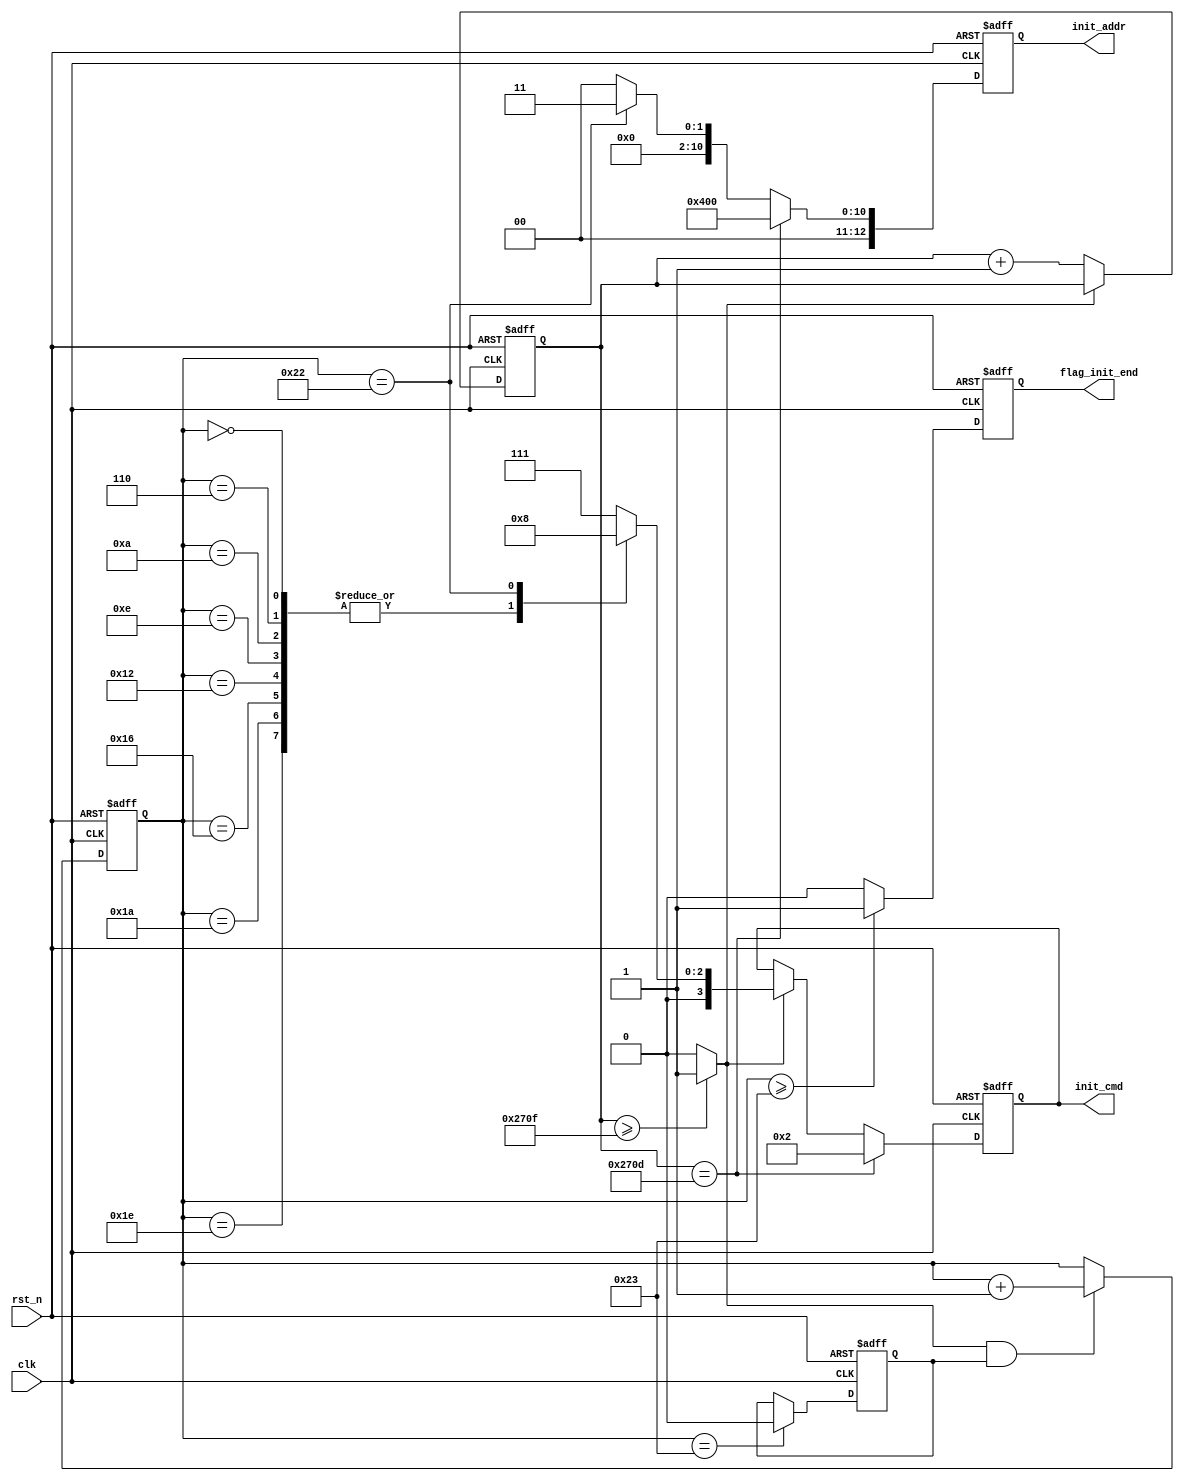
/*-----------------------------------------------------------------------

Date				:		2017-08-29
Description			:		Design for sdram_init .

-----------------------------------------------------------------------*/

module sdram_init
(
	//global clock
	input					clk					,			//system clock
	input					rst_n				,     		//sync reset
	
	//sdram_init interface
	output	reg		[3:0]	init_cmd			,		//sdram 
	output	reg		[12:0]	init_addr			,		//

	//user interface
	output	reg				flag_init_end	//sdram
	
); 

//--------------------------------
//Funtion :   
parameter	NOP			=	4'b0111					,
			PRECGE		=	4'b0010					,
			AUTO_REF	=	4'b0001					,
			MODE_SET	=	4'b0000					,
			CMD_END		=	6'd35					,
			DELAY_200US	=	10000					;
//200us delay
reg				[13:0]		cnt_200us				;
wire						flag_200us				;

//
reg							flag_init				;	

//cmd
reg				[5:0]		cnt_cmd					;



//--------------------------------
//Funtion :    200us           			


always @(posedge clk or negedge rst_n)
begin
	if(!rst_n)
		cnt_200us <= 1'd0;
	else if(flag_200us == 1'b0)
		cnt_200us <= cnt_200us + 1'b1;
end



//--------------------------------
//Funtion :   sdram	
	

always @(posedge clk or negedge rst_n)
begin
	if(!rst_n)
		flag_init <= 1'b1;
	else if(cnt_cmd == CMD_END)		//auto refresh
		flag_init <= 1'b0;
end	
   
//--------------------------------
//Funtion :   cnt_cmd 200us


always @(posedge clk or negedge rst_n)
begin
	if(!rst_n)
		cnt_cmd <= 1'd0;
	else if(flag_200us == 1'b1 && flag_init == 1'b1)
		cnt_cmd <= cnt_cmd + 1'b1;
end

//--------------------------------
//Funtion :   

always @(posedge clk or negedge rst_n)
begin
	if(!rst_n)
		flag_init_end <= 1'b0;
	else if(cnt_cmd >= CMD_END)
		flag_init_end <= 1'b1;
	else
		flag_init_end <= 1'b0;
end


			
//--------------------------------
//Funtion :   cmd_reg

always @(posedge clk or negedge rst_n)
begin
	if(!rst_n)
		init_cmd <= NOP;
	else if(cnt_200us == DELAY_200US - 2'd3)
		init_cmd <= PRECGE;
	else if(flag_200us)
	begin
		case(cnt_cmd)
			//8 auto refresh 
			6'd0 , 6'd6 , 6'd10 , 6'd14 , 6'd18 , 6'd22 , 6'd26 , 6'd30: 
				init_cmd <= AUTO_REF;
			//mode	set
			6'd34 :
				init_cmd <= MODE_SET;
				
			default :
				init_cmd <= NOP;
			
		endcase
	end
end			
			
//--------------------------------
//Funtion :   sdram_addr

always @(posedge clk or negedge rst_n)
begin
	if(!rst_n)
		init_addr <= 13'd0;
	else if(cnt_200us == DELAY_200US - 2'd3) //
		init_addr <= 13'b0_0100_0000_0000;
	else if(cnt_cmd == 6'd34)		  //
		init_addr <= 13'b0_0000_0000_0011;			//8 
	else
		init_addr <= 13'd0;
end

//--------------------------------
//Funtion :   init_bank

assign		flag_200us		=		(cnt_200us >= DELAY_200US - 1'b1) ? 1'b1 : 1'b0;
endmodule